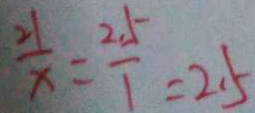
\frac { 2 1 } { x } = \frac { 2 . 5 } { 1 } = 2 . 5